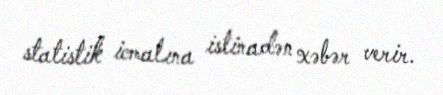
statistik icmalına istinadən xəbər verir.